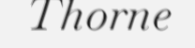
Thorne